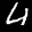
Label: 4